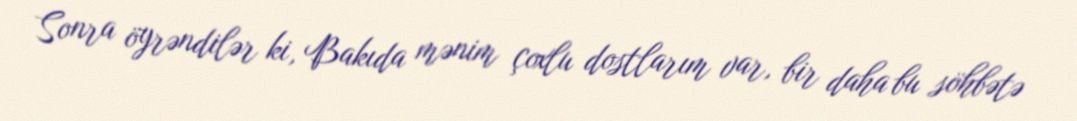
Sonra öyrəndilər ki, Bakıda mənim çoxlu dostlarım var, bir daha bu söhbətə